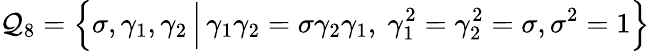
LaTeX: \mathcal{Q}_{8}=\Big\{ \sigma,\gamma_{1},\gamma_{2}\, \Big|\, \gamma_{1}\gamma_{2}=\sigma\gamma_{2}\gamma_{1},~\gamma_{1}^{2}=\gamma_{2}^{2}=\sigma,\sigma^{2}=1\Big\}